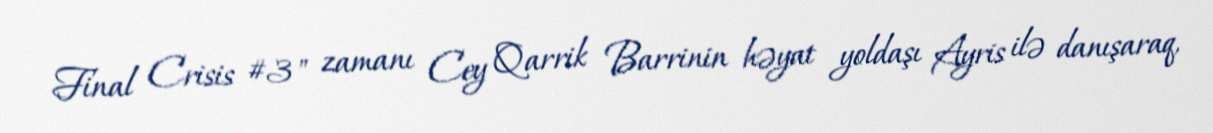
Final Crisis #3" zamanı Cey Qarrik Barrinin həyat yoldaşı Ayris ilə danışaraq,